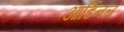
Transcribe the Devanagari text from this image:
आर्डिनल